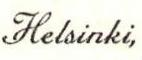
Helsinki,